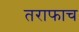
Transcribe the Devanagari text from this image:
तराफाच